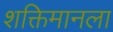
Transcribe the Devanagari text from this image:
शक्तिमानला